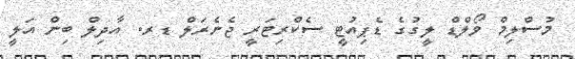
މުސްލިމް ވޯލްޑް ލީގުގެ ޑެޕިއުޓީ ސެކްރިޓަރީ ޖެނެރަލް ޑރ. އާދިލް ބިން އަލީ